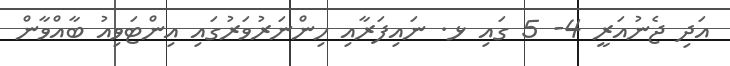
އަދި ޖެނުއަރީ 4- 5 ގައި ޅ. ނައިފަރާއި ހިންނަރުވަރުގައި އިންޓަވިއު ބާއްވާން